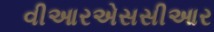
વીઆરએસસીઆર